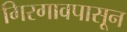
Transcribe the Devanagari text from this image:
गिरगावपासून